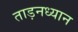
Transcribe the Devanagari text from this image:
ताड़नध्यान